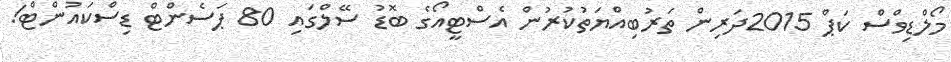
މޯލްޑިވްސް ކަޕް 2015ދަރިން ތަރުބިއްޔަތުކުރުން އެސްޓީއޯގެ ބޮޑު ސޭލްގައި 80 ޕަސެންޓް ޑިސްކައުންޓް!